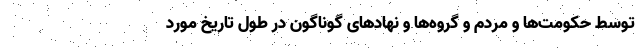
توسط حکومت‌ها و مردم و گروه‌ها و نهادهای گوناگون در طول تاریخ مورد